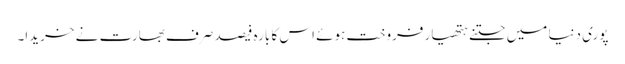
پوری دنیا میں جتنے ہتھیار فروخت ہوئے اس کا بارہ فیصد صرف بھارت نے خریدا۔